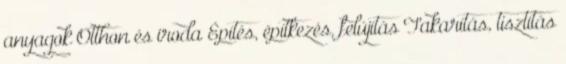
anyagok Otthon és iroda Építés, építkezés, felújítás Takarítás, tisztítás